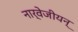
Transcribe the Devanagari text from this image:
नार्वेजीयन्